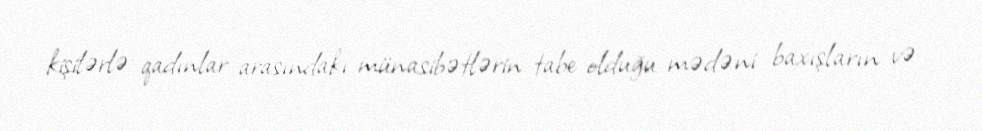
kişilərlə qadınlar arasındakı münasibətlərin tabe olduğu mədəni baxışların və